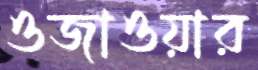
ওজাওয়ার